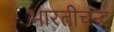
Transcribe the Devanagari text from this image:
भारतीचन्द्र